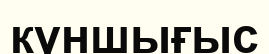
күншығыс